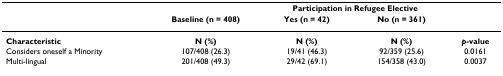
<table><thead><tr><td></td><td></td><td colspan="2"><b>Participation in Refugee Elective</b></td><td></td></tr><tr><td></td><td><b>Baseline (n = 408)</b></td><td><b>Yes (n = 42)</b></td><td><b>No (n = 361)</b></td><td></td></tr></thead><tbody><tr><td><b>Characteristic</b></td><td><b>N (%)</b></td><td><b>N (%)</b></td><td><b>N (%)</b></td><td><b><i>p</i>-value</b></td></tr><tr><td>Considers oneself a Minority</td><td>107/408 (26.3)</td><td>19/41 (46.3)</td><td>92/359 (25.6)</td><td>0.0161</td></tr><tr><td>Multi-lingual</td><td>201/408 (49.3)</td><td>29/42 (69.1)</td><td>154/358 (43.0)</td><td>0.0037</td></tr></tbody></table>